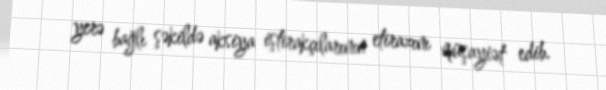
yerə bağlı şəkildə aksiya iştirakçılarının etirazını müşayiət edib.